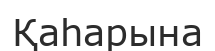
Қаһарына